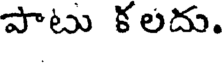
పాటు కలదు.